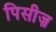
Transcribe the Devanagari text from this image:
पिसीज़